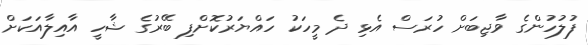
ފުލުހުންގެ ވާޖިބަށް ހުރަސް އެޅި ދެ މީހަކު ހައްޔަރުކޮށްފި ބޭރުގެ ޝާހީ އާއިލާއަކަށް